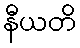
နီယတိ